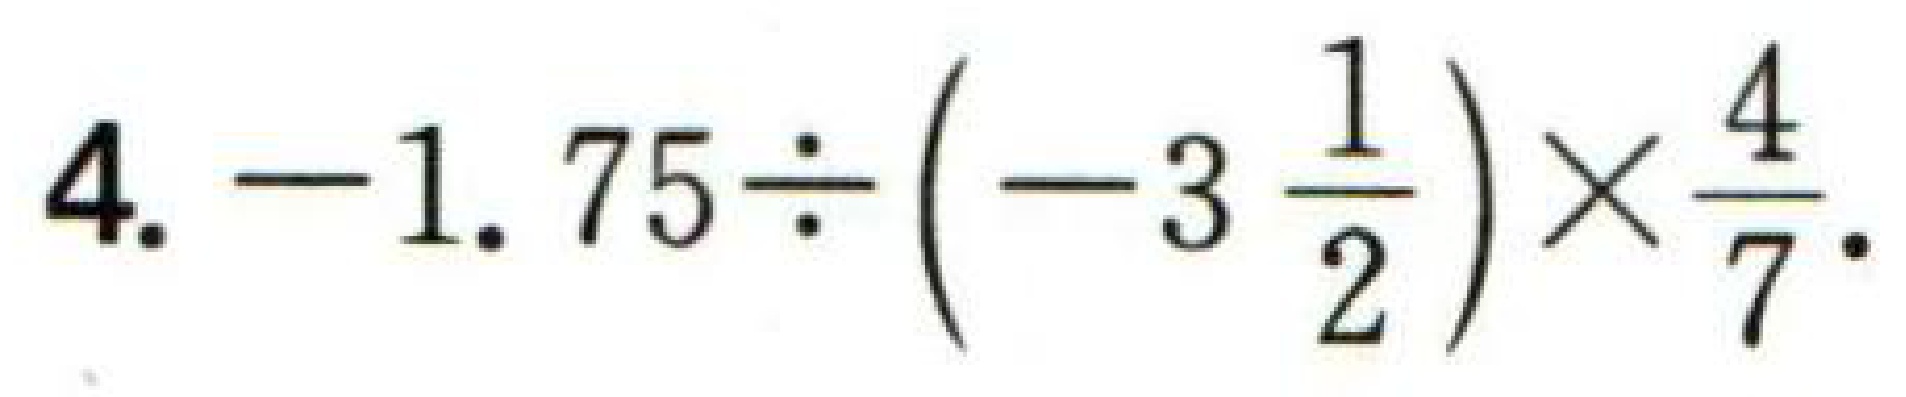
4. \(-1.75\div\left(-3\frac{1}{2}\right)\times\frac{4}{7}\).